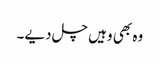
وہ بھی وہیں چل دیے۔